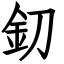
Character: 釖